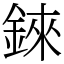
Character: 錸